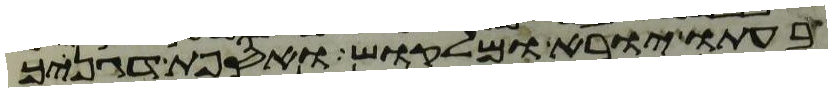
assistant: בעתו יורא ומלקוש ואספת דגנך